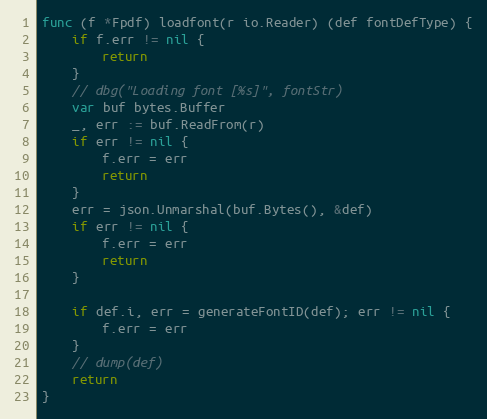
Language: Go
func (f *Fpdf) loadfont(r io.Reader) (def fontDefType) {
	if f.err != nil {
		return
	}
	// dbg("Loading font [%s]", fontStr)
	var buf bytes.Buffer
	_, err := buf.ReadFrom(r)
	if err != nil {
		f.err = err
		return
	}
	err = json.Unmarshal(buf.Bytes(), &def)
	if err != nil {
		f.err = err
		return
	}

	if def.i, err = generateFontID(def); err != nil {
		f.err = err
	}
	// dump(def)
	return
}